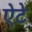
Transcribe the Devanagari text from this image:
ऐटे